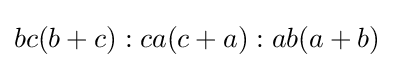
bc(b+c):ca(c+a):ab(a+b)